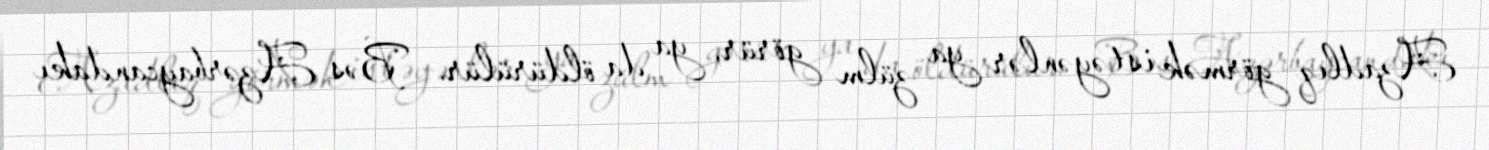
Azadlıq görmək istəyənlər ya zülm görür, ya da öldürülür.- Bəs Azərbaycandakı